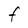
Character: F